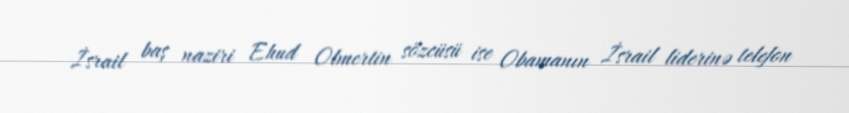
İsrail baş naziri Ehud Olmertin sözcüsü ise Obamanın İsrail liderinə telefon